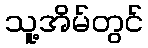
သူ့အိမ်တွင်